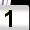
Digit: 1